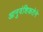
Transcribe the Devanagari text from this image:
आनुवंशिकतेने